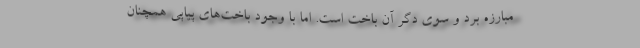
مبارزه برد و سوی دگر آن باخت است. اما با وجود باخت‌های پیاپی همچنان